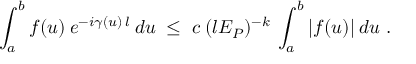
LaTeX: \int _ { a } ^ { b } f ( u ) \: e ^ { - i \gamma ( u ) \: l } \: d u \; \leq \; c \: ( l E _ { P } ) ^ { - k } \: \int _ { a } ^ { b } | f ( u ) | \: d u \; .